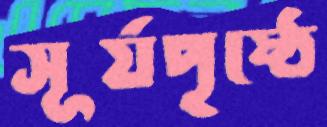
সূর্যপৃষ্ঠে